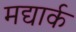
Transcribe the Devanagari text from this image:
मद्यार्क